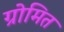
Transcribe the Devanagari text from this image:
ग्रोमित